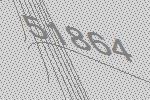
51864